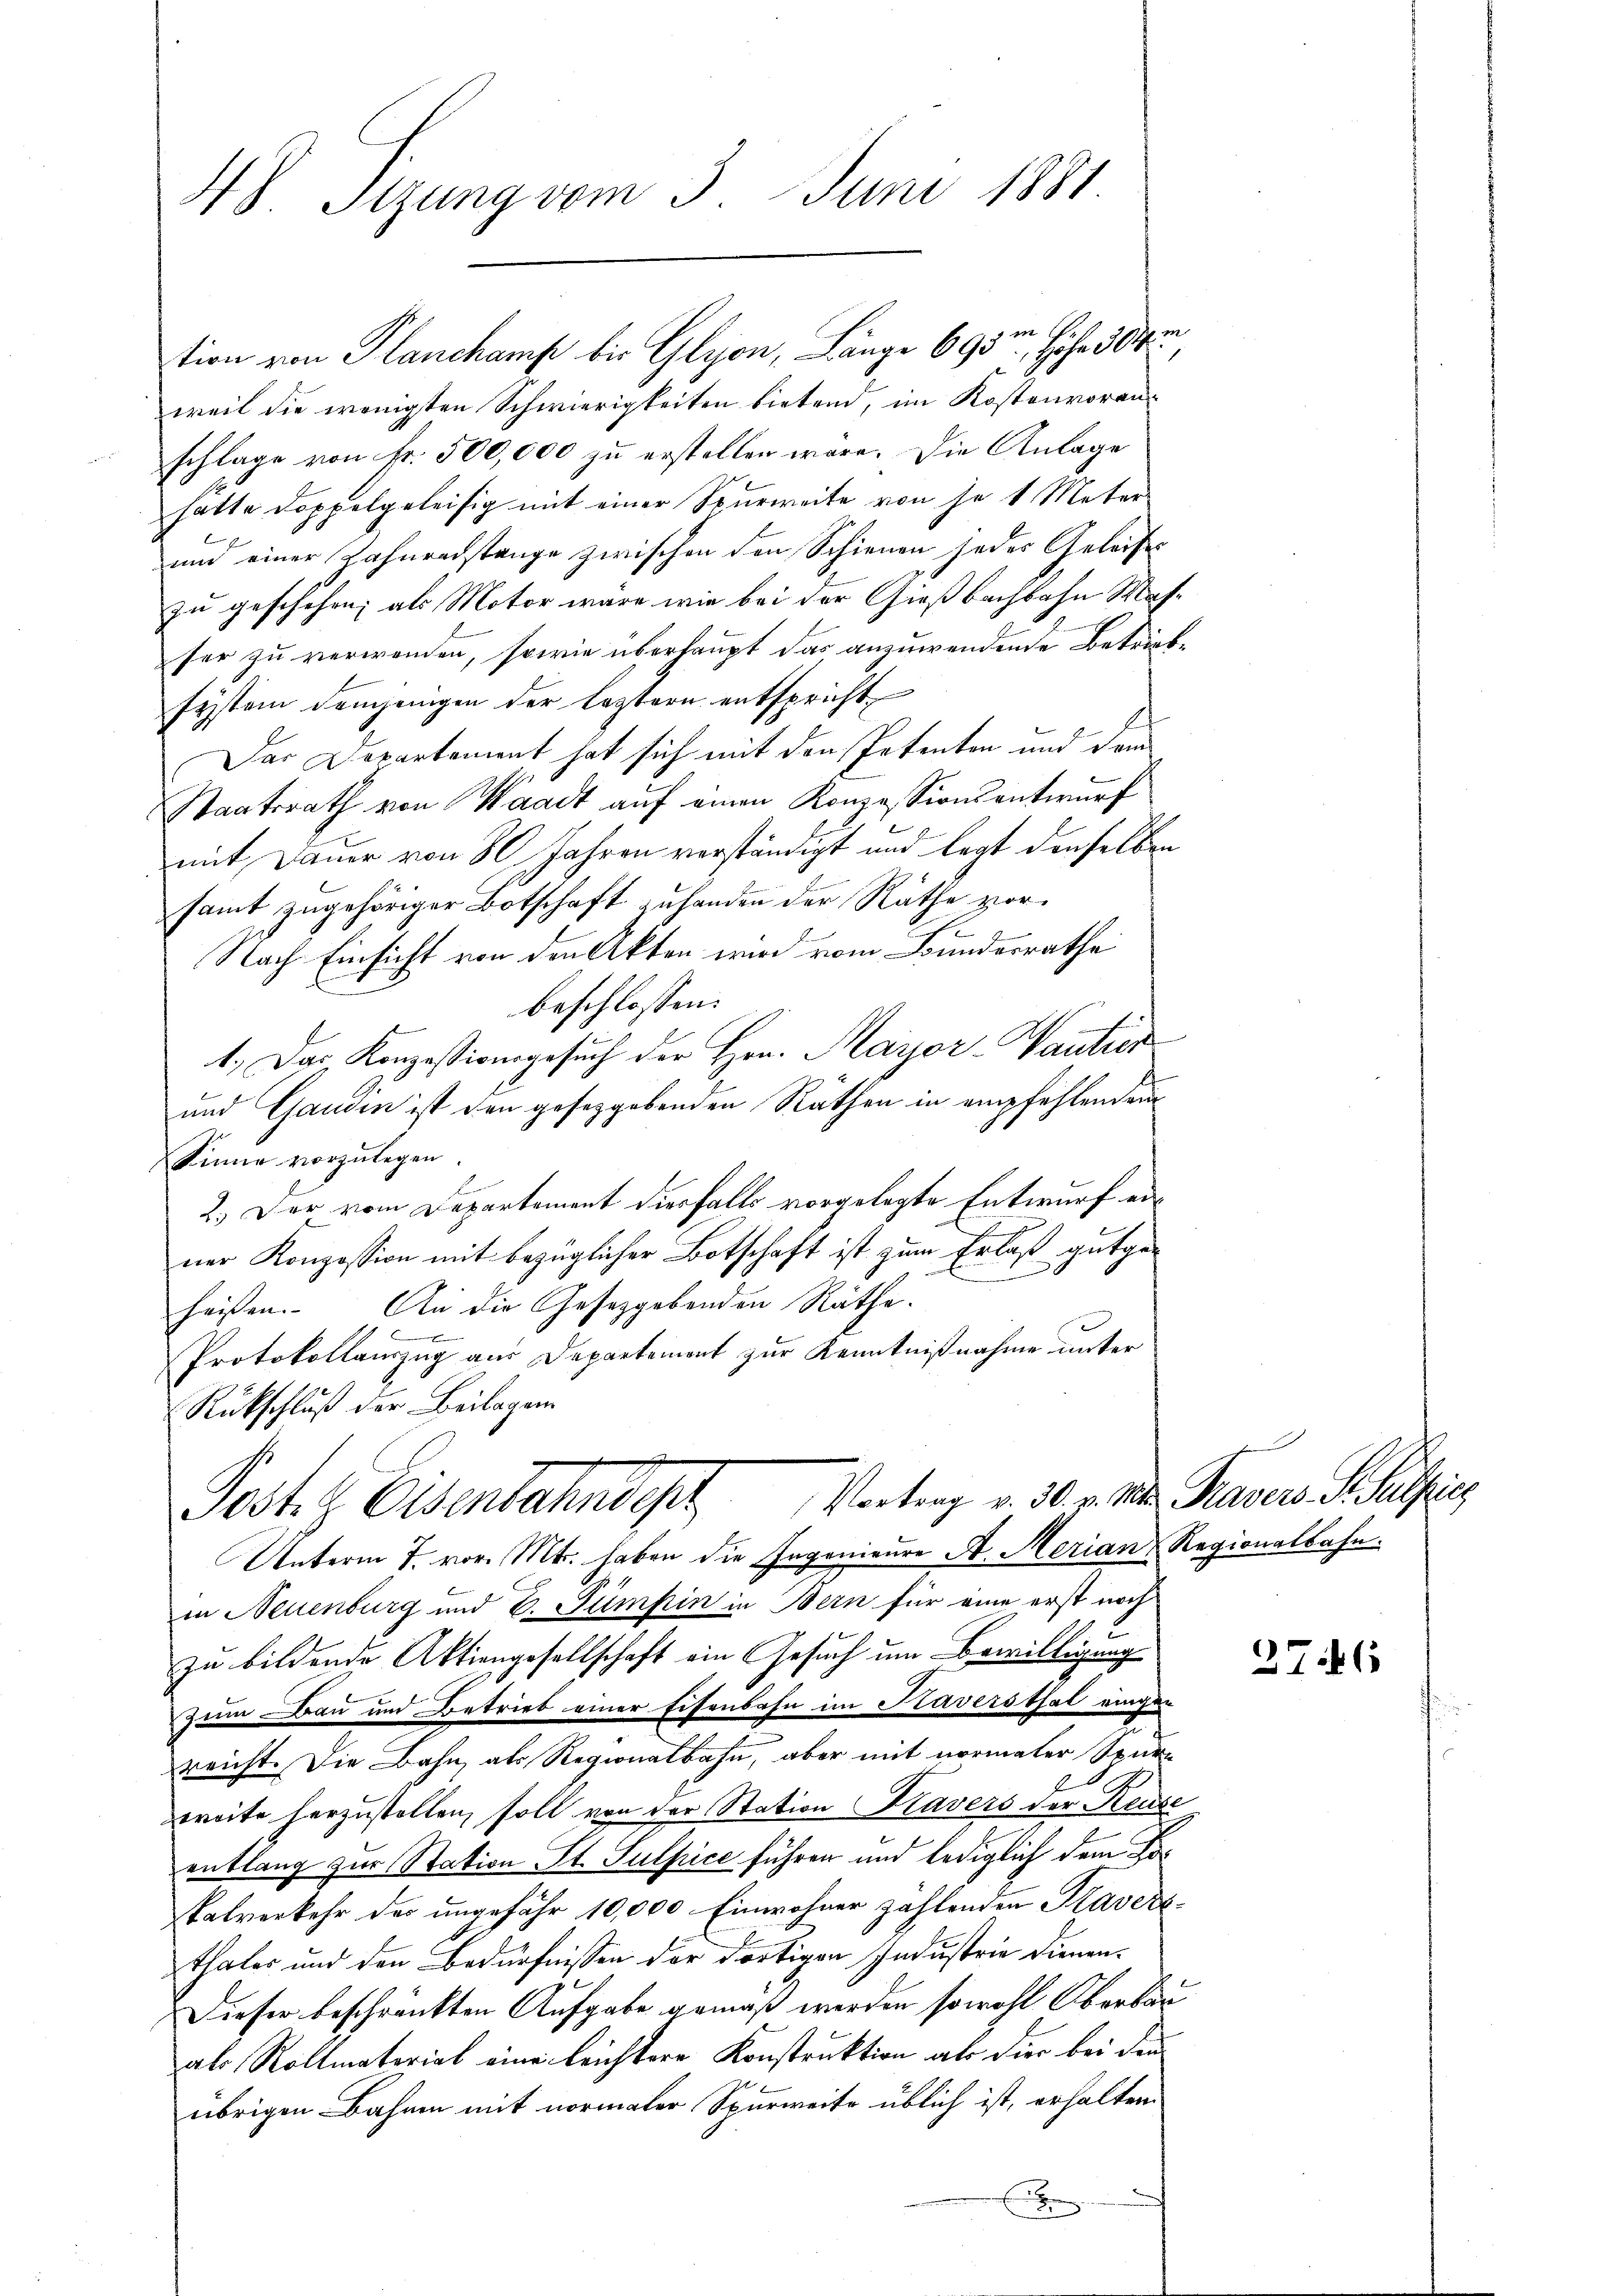
H S. Stzung vom 3. Juni 1881

tion von Planchamp bis Glyon, Länge 693, Höhe die
weil die wenigsten Schwierigkeiten bietend, im Kostenvoranschlage von Fr. 500,000 zu erstellen wäre. Die Anlage
hatte doppelgeleisig mit einer Spurweite von je 1 Meter
und einer Zahnradstange zwischen den Schienen jedes Geleise
zu geschehen; als Motor wäre wie bei der Gießbachbahn Masser zu verwenden, sowie überhaupt das anzuwendende Betriebsystem demjenigen der leztern entspricht
Das Departement hat sich mit den Petenten und dem
Staatsrath von Waadt auf einen Konzessionsantwurf
mit Dauer von 80 Jahren verständigt und legt denselben
samt zugehöriger Botschaft zuhanden der Räthe vor¬
Nach Einsicht von den Akten wird vom Bundesrathe
beschlossen:
1.) Das Konzessionsgesuch der Hrn. Mayor-Vantier
und Gaudin ist den gesetzgebenden Räthen in empfehlenden
Sinne vorzulegen.
2.) Der vom Departement diesfalls vorgelegte Entwurf einer Konzession mit bezüglicher Botschaft ist zum Erlaß gutge¬
.
heissen. An die Gesetzgebenden Räthe.
1
Protokollauszug aus Departement zur Kenntnißnahme unter
Rückschluß der Beilagen
Post z. Osenbahndert Vertrag v. 30. v. a. Kasers Hutzig
Unterm 7. vor. Mts. haben die Ingenieure A. Merian Regionalbahn.
in Neuenburg und 6. Fumhin in Bern für eine erst noch
zu bildende Aktiengesellschaft ein Gesuch um Bewilligung
Zum Bau und Betrieb einer Eisenbahn im Kaversthal eingen
reicht. Die Bahn, als Regionalbahn, aber mit normaler Spur-
weite herzustellen soll von der Station Kavers der Reuse
entlang zur Station St. Sulpice führen und lediglich dem Ho¬
Palverkehr der ungefähr 10,000 Einwohner zahlenden Plaverthaler und den Bedürfnissen der dortigen Industrie dienen¬
Dieser beschränkten Aufgabe gemäß werden sowohl Oberbau
als Rollmaterieb eine leichtere Konstruktion als dies bei den
übrigen Bahnen mit normaler Spurweite üblich ist, erhalten
.

276